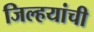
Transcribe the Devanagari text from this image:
जिल्हयांची